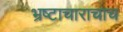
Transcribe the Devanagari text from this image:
भ्रष्टाचाराचाच